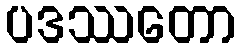
ပဒဿတော